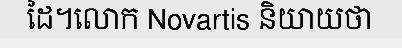
ដៃ។លោក Novartis និយាយថា